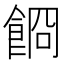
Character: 𩛯